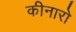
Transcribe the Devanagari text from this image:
कीनारो